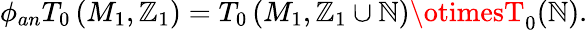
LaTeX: \phi_{an}T_{0}\left(M_{1},\mathbb{Z}_{1}\right)=T_{0}\left(M_{1},\mathbb{Z}_{1}\cup\mathbb{N}\right)\otimesT_{0}(\mathbb{N}).